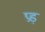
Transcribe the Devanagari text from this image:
प्रड़